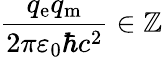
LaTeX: {\frac{q_{\mathrm{e}}q_{\mathrm{m}}}{2\pi\varepsilon_{0}\hbar c^{2}}}\in\mathbb{Z}